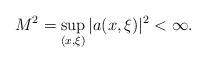
LaTeX: \begin{align*}M^2 = \sup_{(x,\xi)} |a(x,\xi)|^2 < \infty.\end{align*}